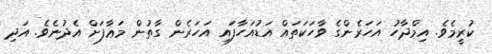
ކުރީމެވެ. އިމްދާހު އަހަރެންގެ ވާހަކަތައް އަޑުއަހާފައި އަަހަރެން ގާތުން މަޢާފަށް އެދުނެވެ. އަދި